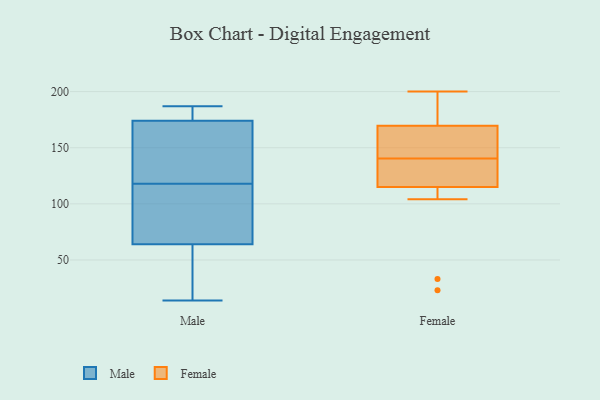
{"axis": {"x": "LTV (USD)", "y": "Value"}, "legend": ["Female", "Male"], "data": [{"x": "", "y": 137, "type": "Male"}, {"x": "", "y": 185, "type": "Male"}, {"x": "", "y": 99, "type": "Male"}, {"x": "", "y": 96, "type": "Male"}, {"x": "", "y": 168, "type": "Male"}, {"x": "", "y": 64, "type": "Male"}, {"x": "", "y": 183, "type": "Male"}, {"x": "", "y": 64, "type": "Male"}, {"x": "", "y": 76, "type": "Male"}, {"x": "", "y": 144, "type": "Male"}, {"x": "", "y": 187, "type": "Male"}, {"x": "", "y": 137, "type": "Male"}, {"x": "", "y": 14, "type": "Male"}, {"x": "", "y": 180, "type": "Male"}, {"x": "", "y": 41, "type": "Male"}, {"x": "", "y": 37, "type": "Male"}, {"x": "", "y": 139, "type": "Female"}, {"x": "", "y": 148, "type": "Female"}, {"x": "", "y": 200, "type": "Female"}, {"x": "", "y": 136, "type": "Female"}, {"x": "", "y": 137, "type": "Female"}, {"x": "", "y": 197, "type": "Female"}, {"x": "", "y": 116, "type": "Female"}, {"x": "", "y": 168, "type": "Female"}, {"x": "", "y": 171, "type": "Female"}, {"x": "", "y": 104, "type": "Female"}, {"x": "", "y": 154, "type": "Female"}, {"x": "", "y": 23, "type": "Female"}, {"x": "", "y": 114, "type": "Female"}, {"x": "", "y": 142, "type": "Female"}, {"x": "", "y": 179, "type": "Female"}, {"x": "", "y": 33, "type": "Female"}]}